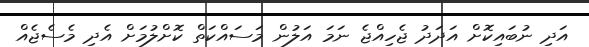
އަދި ނުބައިކޮށް އަދަދު ޖެހިއްޖެ ނަމަ އަލުން މަސައްކަތް ކޮށްލުމަށް އެދި މެސެޖެއް